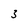
Character: 3